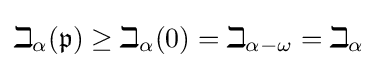
\beth _{\alpha }({\mathfrak {p}})\geq \beth _{\alpha }(0)=\beth _{\alpha -\omega }=\beth _{\alpha }